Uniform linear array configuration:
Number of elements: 8
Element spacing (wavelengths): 0.75
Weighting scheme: hamming
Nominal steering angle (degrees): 15
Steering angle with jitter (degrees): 15.856
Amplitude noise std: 0.05
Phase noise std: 0.05

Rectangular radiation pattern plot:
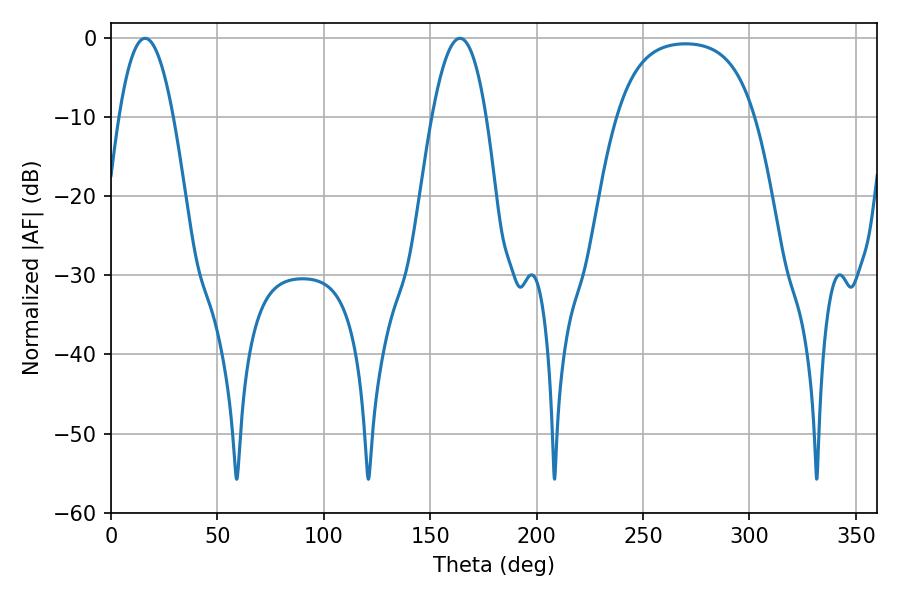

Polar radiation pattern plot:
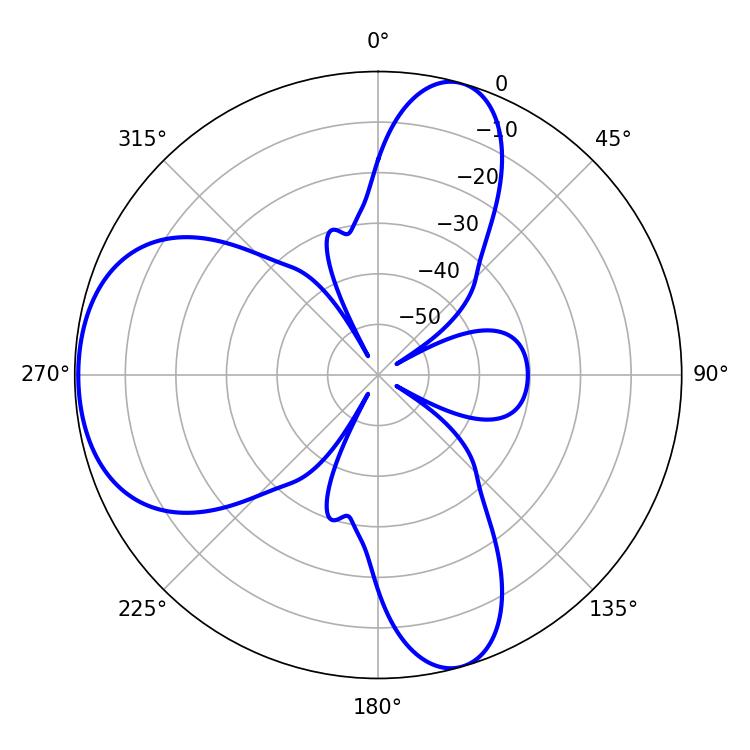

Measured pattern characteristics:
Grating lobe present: TRUE
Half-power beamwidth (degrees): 14.04
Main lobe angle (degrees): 16.02